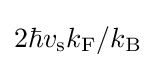
2\hbar v_{\mathrm {s} }k_{\mathrm {F} }/k_{\mathrm {B} }